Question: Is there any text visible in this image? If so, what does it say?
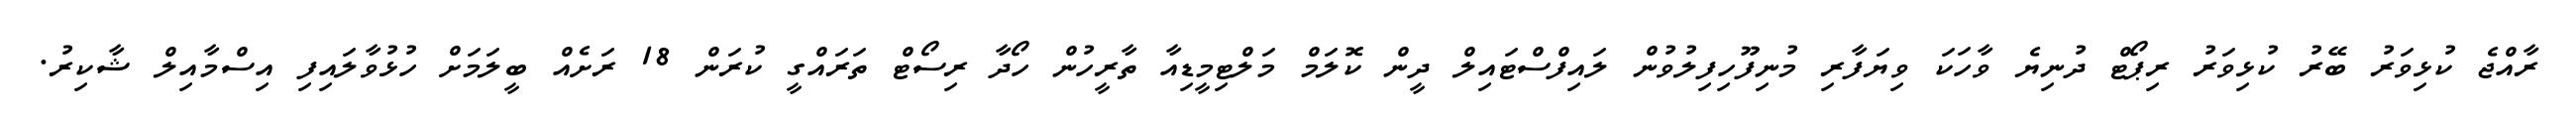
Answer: ރާއްޖެ ކުޅިވަރު ބޭރު ކުޅިވަރު ރިޕޯޓް ދުނިޔެ ވާހަކަ ވިޔަފާރި މުނިފޫހިފިލުވުން ލައިފްސްޓައިލް ދީން ކޮލަމް މަލްޓިމީޑިއާ ތާރީހުން ހޯދާ ރިސޯޓް ތަރައްގީ ކުރަން 18 ރަށެއް ބީލަމަށް ހުޅުވާލައިފި އިސްމާއިލް ޝާކިރު.